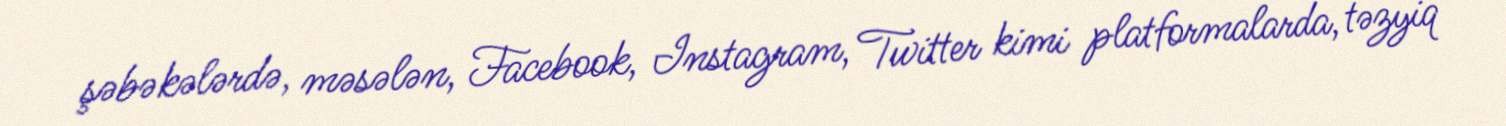
şəbəkələrdə, məsələn, Facebook, Instagram, Twitter kimi platformalarda, təzyiq